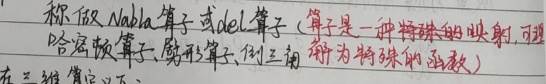
称做Nabla算子或del算子（算子是一种特殊的映射，可理解为特殊的函数）在三维情况下，